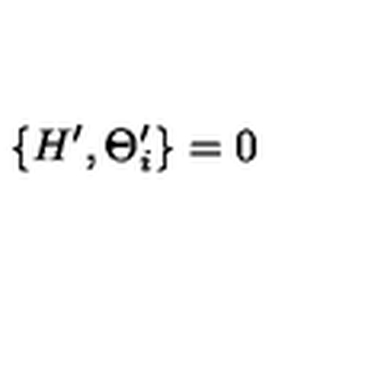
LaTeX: \left\{ H ^ { \prime } , \Theta _ { i } ^ { \prime } \right\} = 0